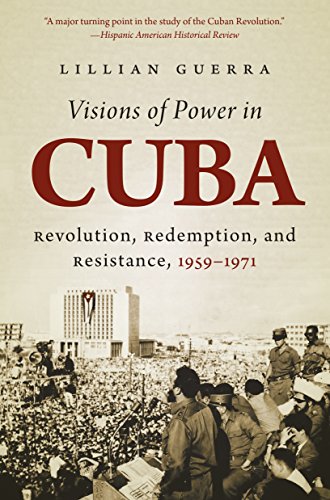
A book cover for Visions of Power in Cuba: Revolution, Redemption, and Resistance, 1959-1971 (Envisioning Cuba); Lillian Guerra; History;